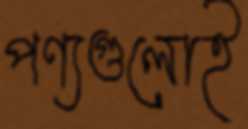
পণ্যগুলোই